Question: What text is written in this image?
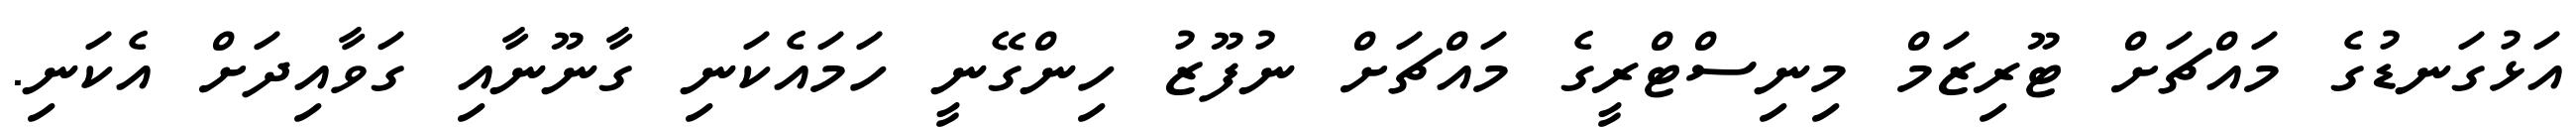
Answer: އަޅުގަނޑުގެ މައްޗަށް ޓޫރިޒަމް މިނިސްޓްރީގެ މައްޗަށް ނުފޫޒު ހިންގޭނީ ހަމައެކަނި ގާނޫނާއި ގަވާއިދަށް އެކަނި.